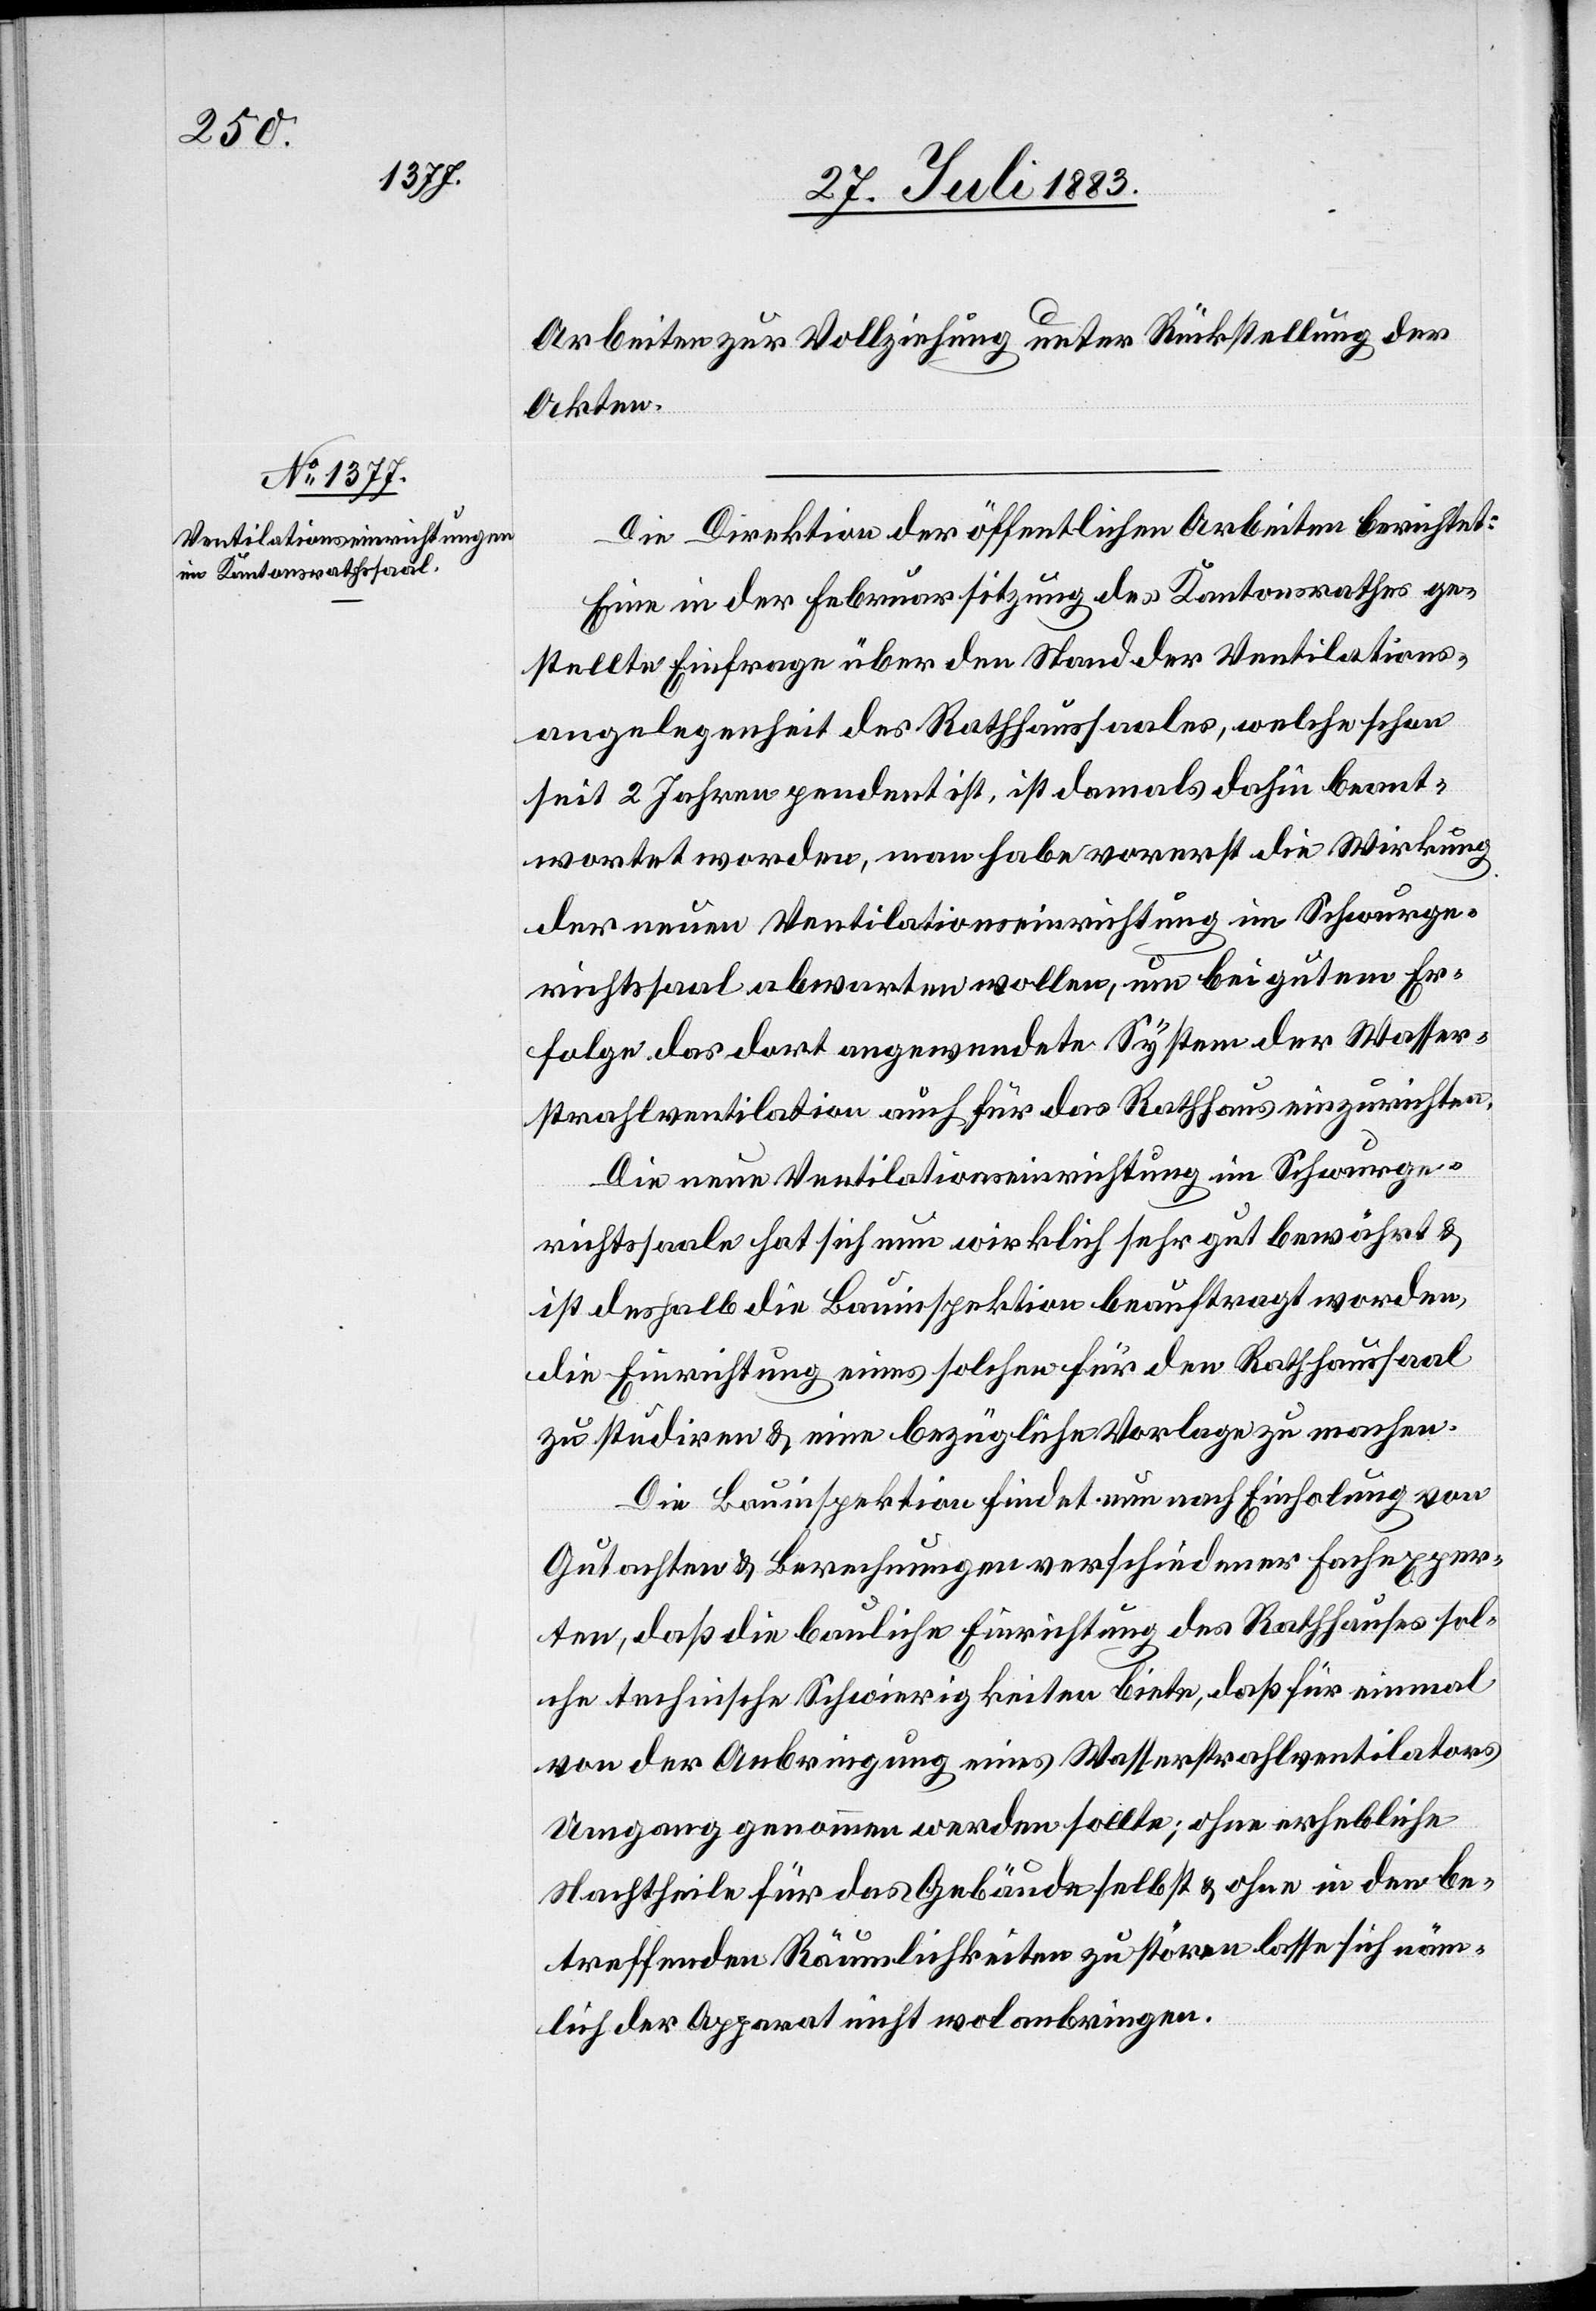
Arbeiten zur Vollziehung unter Rückstellung der
Akten.
Die Direktion der öffentlichen Arbeiten berichtet:
Eine in der Februarssitzung des Kantonsrathes ge¬
stellte Einfrage über den Stand der Ventilations¬
angelegenheit des Rathhaussaales, welche schon
seit 2 Jahren pendent ist, ist damals dahin beant¬
wortet worden, man habe vorerst die Wirkung
der neuen Ventilationseinrichtung im Schwurge¬
richtssaal abwarten wollen, um bei gutem Er¬
folge das dort angewendete System der Wasser¬
strahlventilation auch für das Rathhaus einzurichten.
Die neue Ventilationseinrichtung im Schwurge¬
richtssaale hat sich nun wirklich sehr gut bewährt &
ist deshalb die Bauinspektion beauftragt worden,
die Einrichtung eines solchen für den Rathhaussaal
zu studiren & eine bezügliche Vorlage zu machen.
Die Bauinspektion findet nun nach Einholung von
Gutachten & Berechnungen verschiedener Fachexper¬
ten, daß die bauliche Einrichtung des Rathhauses sol¬
che technischen Schwierigkeiten biete, daß für einmal
von der Anbringung eines Wasserstrahlventilators
Umgang genommen werden sollte; ohne erhebliche
Nachtheile für das Gebäude selbst & ohne in den be¬
treffenden Räumlichkeiten zu stören lasse sich näm¬
lich der Apparat nicht wol anbringen.